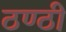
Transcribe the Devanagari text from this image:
ठण्ठी